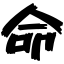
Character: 命